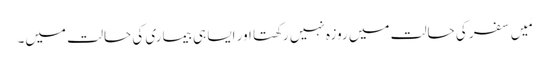
مَیں سفر کی حالت میں روزہ نہیں رکھتا اور ایسا ہی بیماری کی حالت میں۔